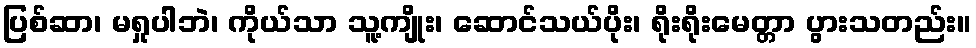
ပြစ်ဆာ၊ မရှုပါဘဲ၊ ကိုယ်သာ သူ့ကျိုး၊ ဆောင်သယ်ပိုး၊ ရိုးရိုးမေတ္တာ ပွားသတည်း။